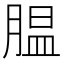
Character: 腽